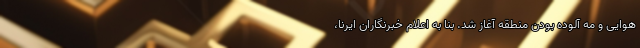
هوایی و مه آلوده بودن منطقه آغاز شد. بنا به اعلام خبرنگاران ایرنا،